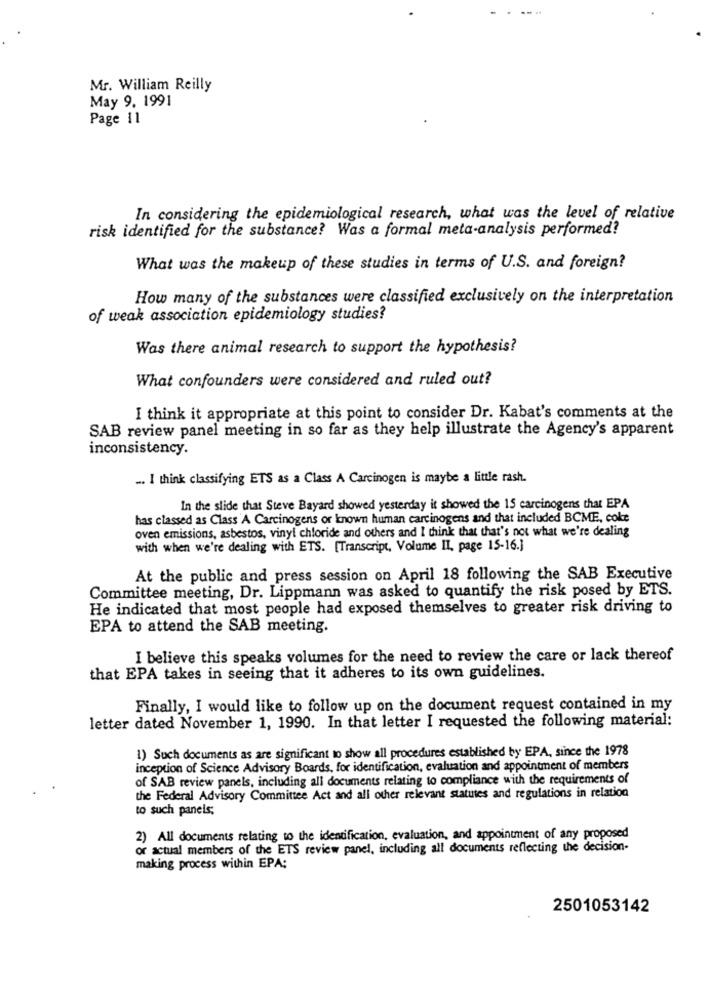
Mr. William Reilly
May 9. 1991
Page 11
In considering the epidemiological research, what was the level of relative
risk identified for the substance? Was a formal meta-analysis performed?
What was the makeup of these studies in terms of U.S. and foreign?
How many of the substances were classified exclusively on the interpretation
of weak association epidemiology studies?
Was there animal research to support the hypothesis?
What confounders were considered and ruled out?
I think it appropriate at this point to consider Dr. Kabat's comments at the
SAB review panel meeting in so far as they help illustrate the Agency's apparent
inconsistency.
... I think classifying ETS as a Class A Carcinogen is maybe a little rash.
In the slide that Steve Bayard showed yesterday it showed the 15 carcinogens that EPA
has classed as Class A Carcinogens or known human carcinogens and that included BCME, coke
oven emissions, asbestos, vinyl chloride and others and I think that that's not what we're dealing
with when we're dealing with ETS. [Transcript, Volume II, page 15-16.]
At the public and press session on April 18 following the SAB Executive
Committee meeting, Dr. Lippmann was asked to quantify the risk posed by ETS.
He indicated that most people had exposed themselves to greater risk driving to
EPA to attend the SAB meeting.
I believe this speaks volumes for the need to review the care or lack thereof
that EPA takes in seeing that it adheres to its own guidelines.
Finally, I would like to follow up on the document request contained in my
letter dated November 1, 1990. In that letter I requested the following material:
1) Such documents as are significant to show all procedures established by EPA, since the 1978
inception of Science Advisory Boards, for identification, evaluation and appointment of members
of SAB review panels, including all documents relating to compliance with the requirements of
the Federal Advisory Committee Act and all other relevant statutes and regulations in relation
to such panels;
2) All documents relating to the identification, evaluation, and appointment of any proposed
or actual members of the ETS review panel, including all documents reflecting the decision-
making process within EPA;
2501053142